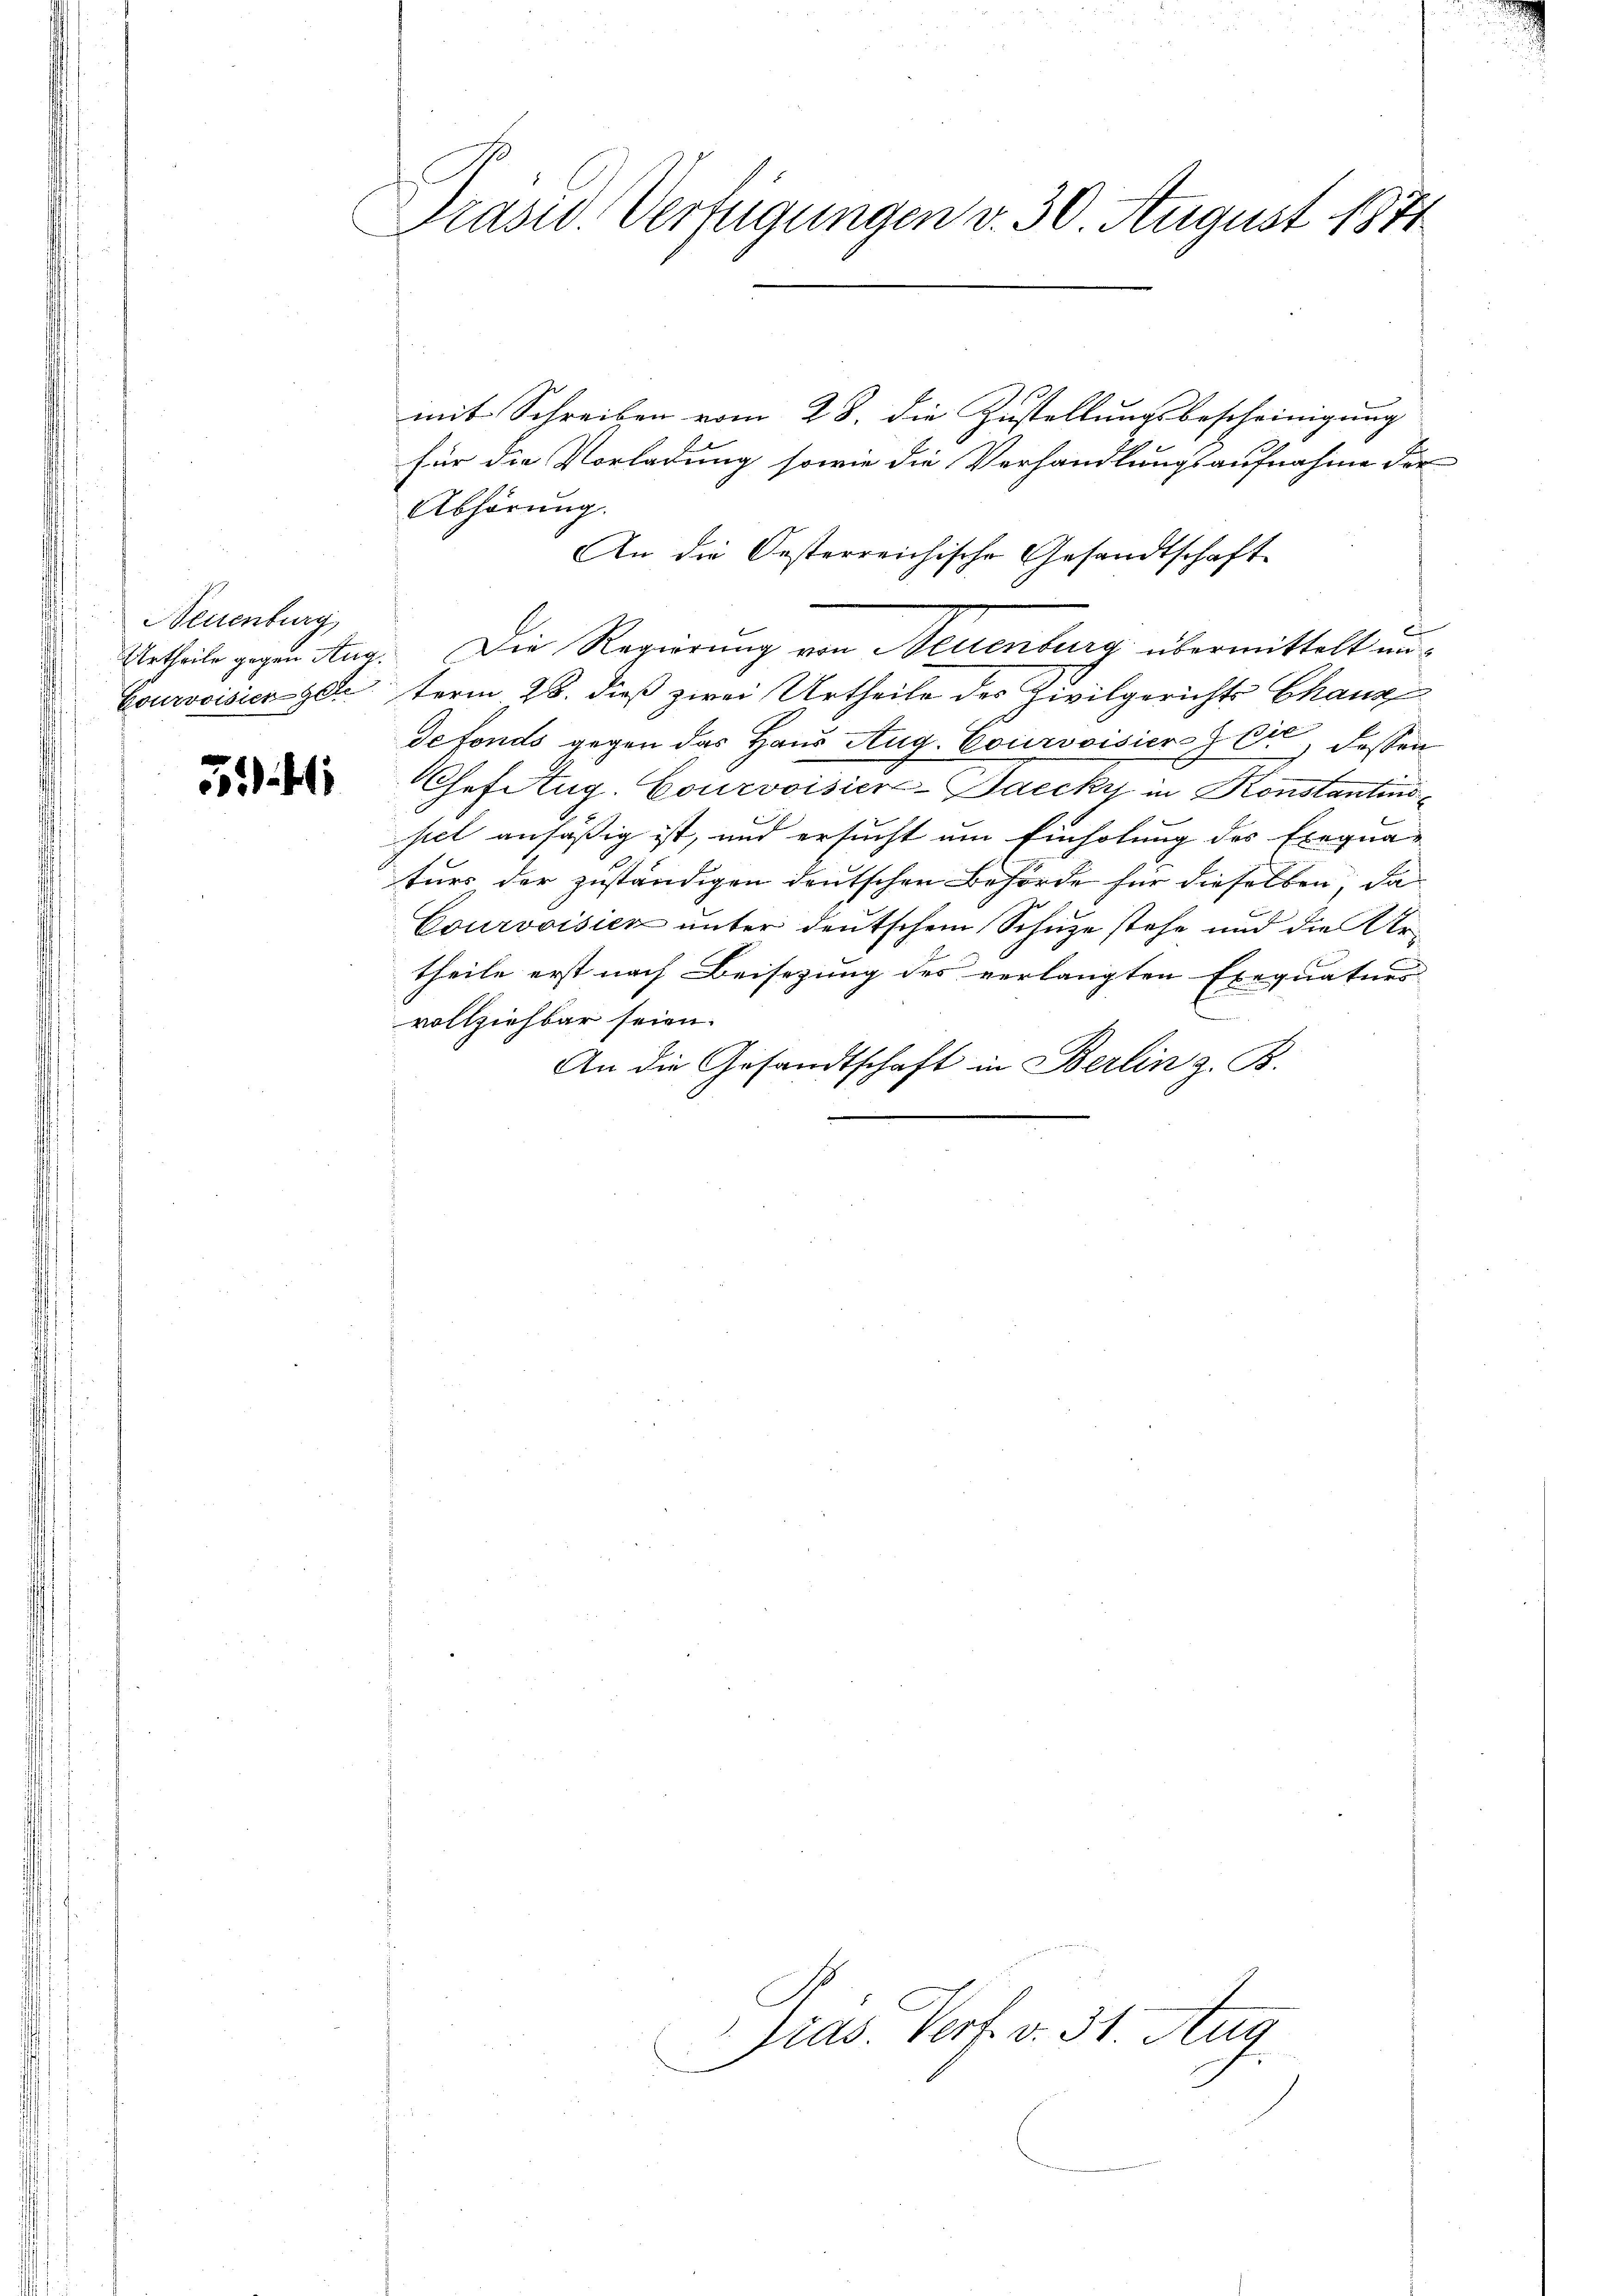
Neuenburg

521

Prasw. Verfügungen v. 30. August 1871

mit Schreiben vom 28. die Zustellungsbescheinigung
für die Vorladung sowie die Verhandlungsaufnahme der
Abhörung.
An die Oesterreichische Gesandtschaft
Urtheile gegen Aug. Die Regierung von Neuenburg übermittelt un¬
Courvoisier gesterm 28. dieß zwei Urtheile des Zivilgerichts Chaux
defonds gegen das Haus Aug. Courvoisiers er, dessen
Chefitug. Courvoisier-Baccky in Konstantins
siel ansäßig ist, und ersucht um Einholung des Exequa-
turs der zuständigen deutschen Behörde für dieselben, da
Courvoisiez unter deutschem Schuze stehe und die Urtheile erst nach Beisezung des verlangten Exequaturs
vollziehbar seien.
An die Gesandtschaft in Berlin z. B.

Gras. Verf. v. 31. Aug